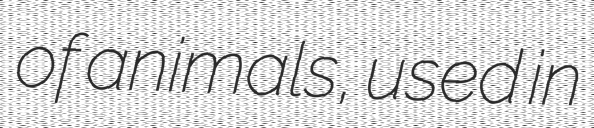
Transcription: of animals, used in